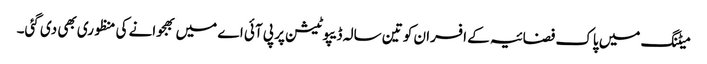
میٹنگ میں پاک فضائیہ کے افسران کو تین سالہ ڈیپوٹیشن پر پی آئی اے میں بھجوانے کی منظوری بھی دی گئی۔